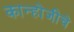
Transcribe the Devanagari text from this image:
कान्होजीचे